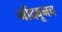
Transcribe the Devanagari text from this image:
नोंदवूनच